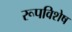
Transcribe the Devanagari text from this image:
रूपविशेष